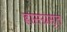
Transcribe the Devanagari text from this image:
ह्रासग्रस्त